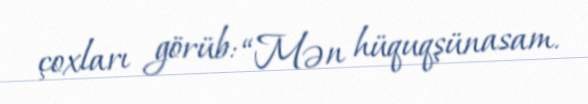
çoxları görüb: “Mən hüquqşünasam.